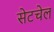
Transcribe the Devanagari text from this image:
सेटचेल